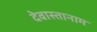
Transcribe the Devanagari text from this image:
देवास्तानाम